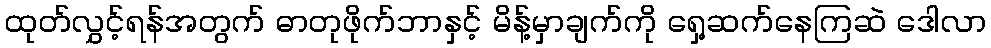
ထုတ်လွှင့်ရန်အတွက် ဓာတုဖိုက်ဘာနှင့် မိန့်မှာချက်ကို ရှေ့ဆက်နေကြဆဲ ဒေါလာ